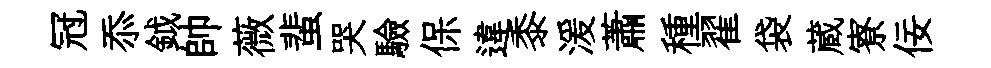
冠忝鉞帥薇蜚哭驗保違黍湲蕭種翟袋蔵寮佞